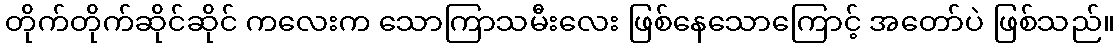
တိုက်တိုက်ဆိုင်ဆိုင် ကလေးက သောကြာသမီးလေး ဖြစ်နေသောကြောင့် အတော်ပဲ ဖြစ်သည်။